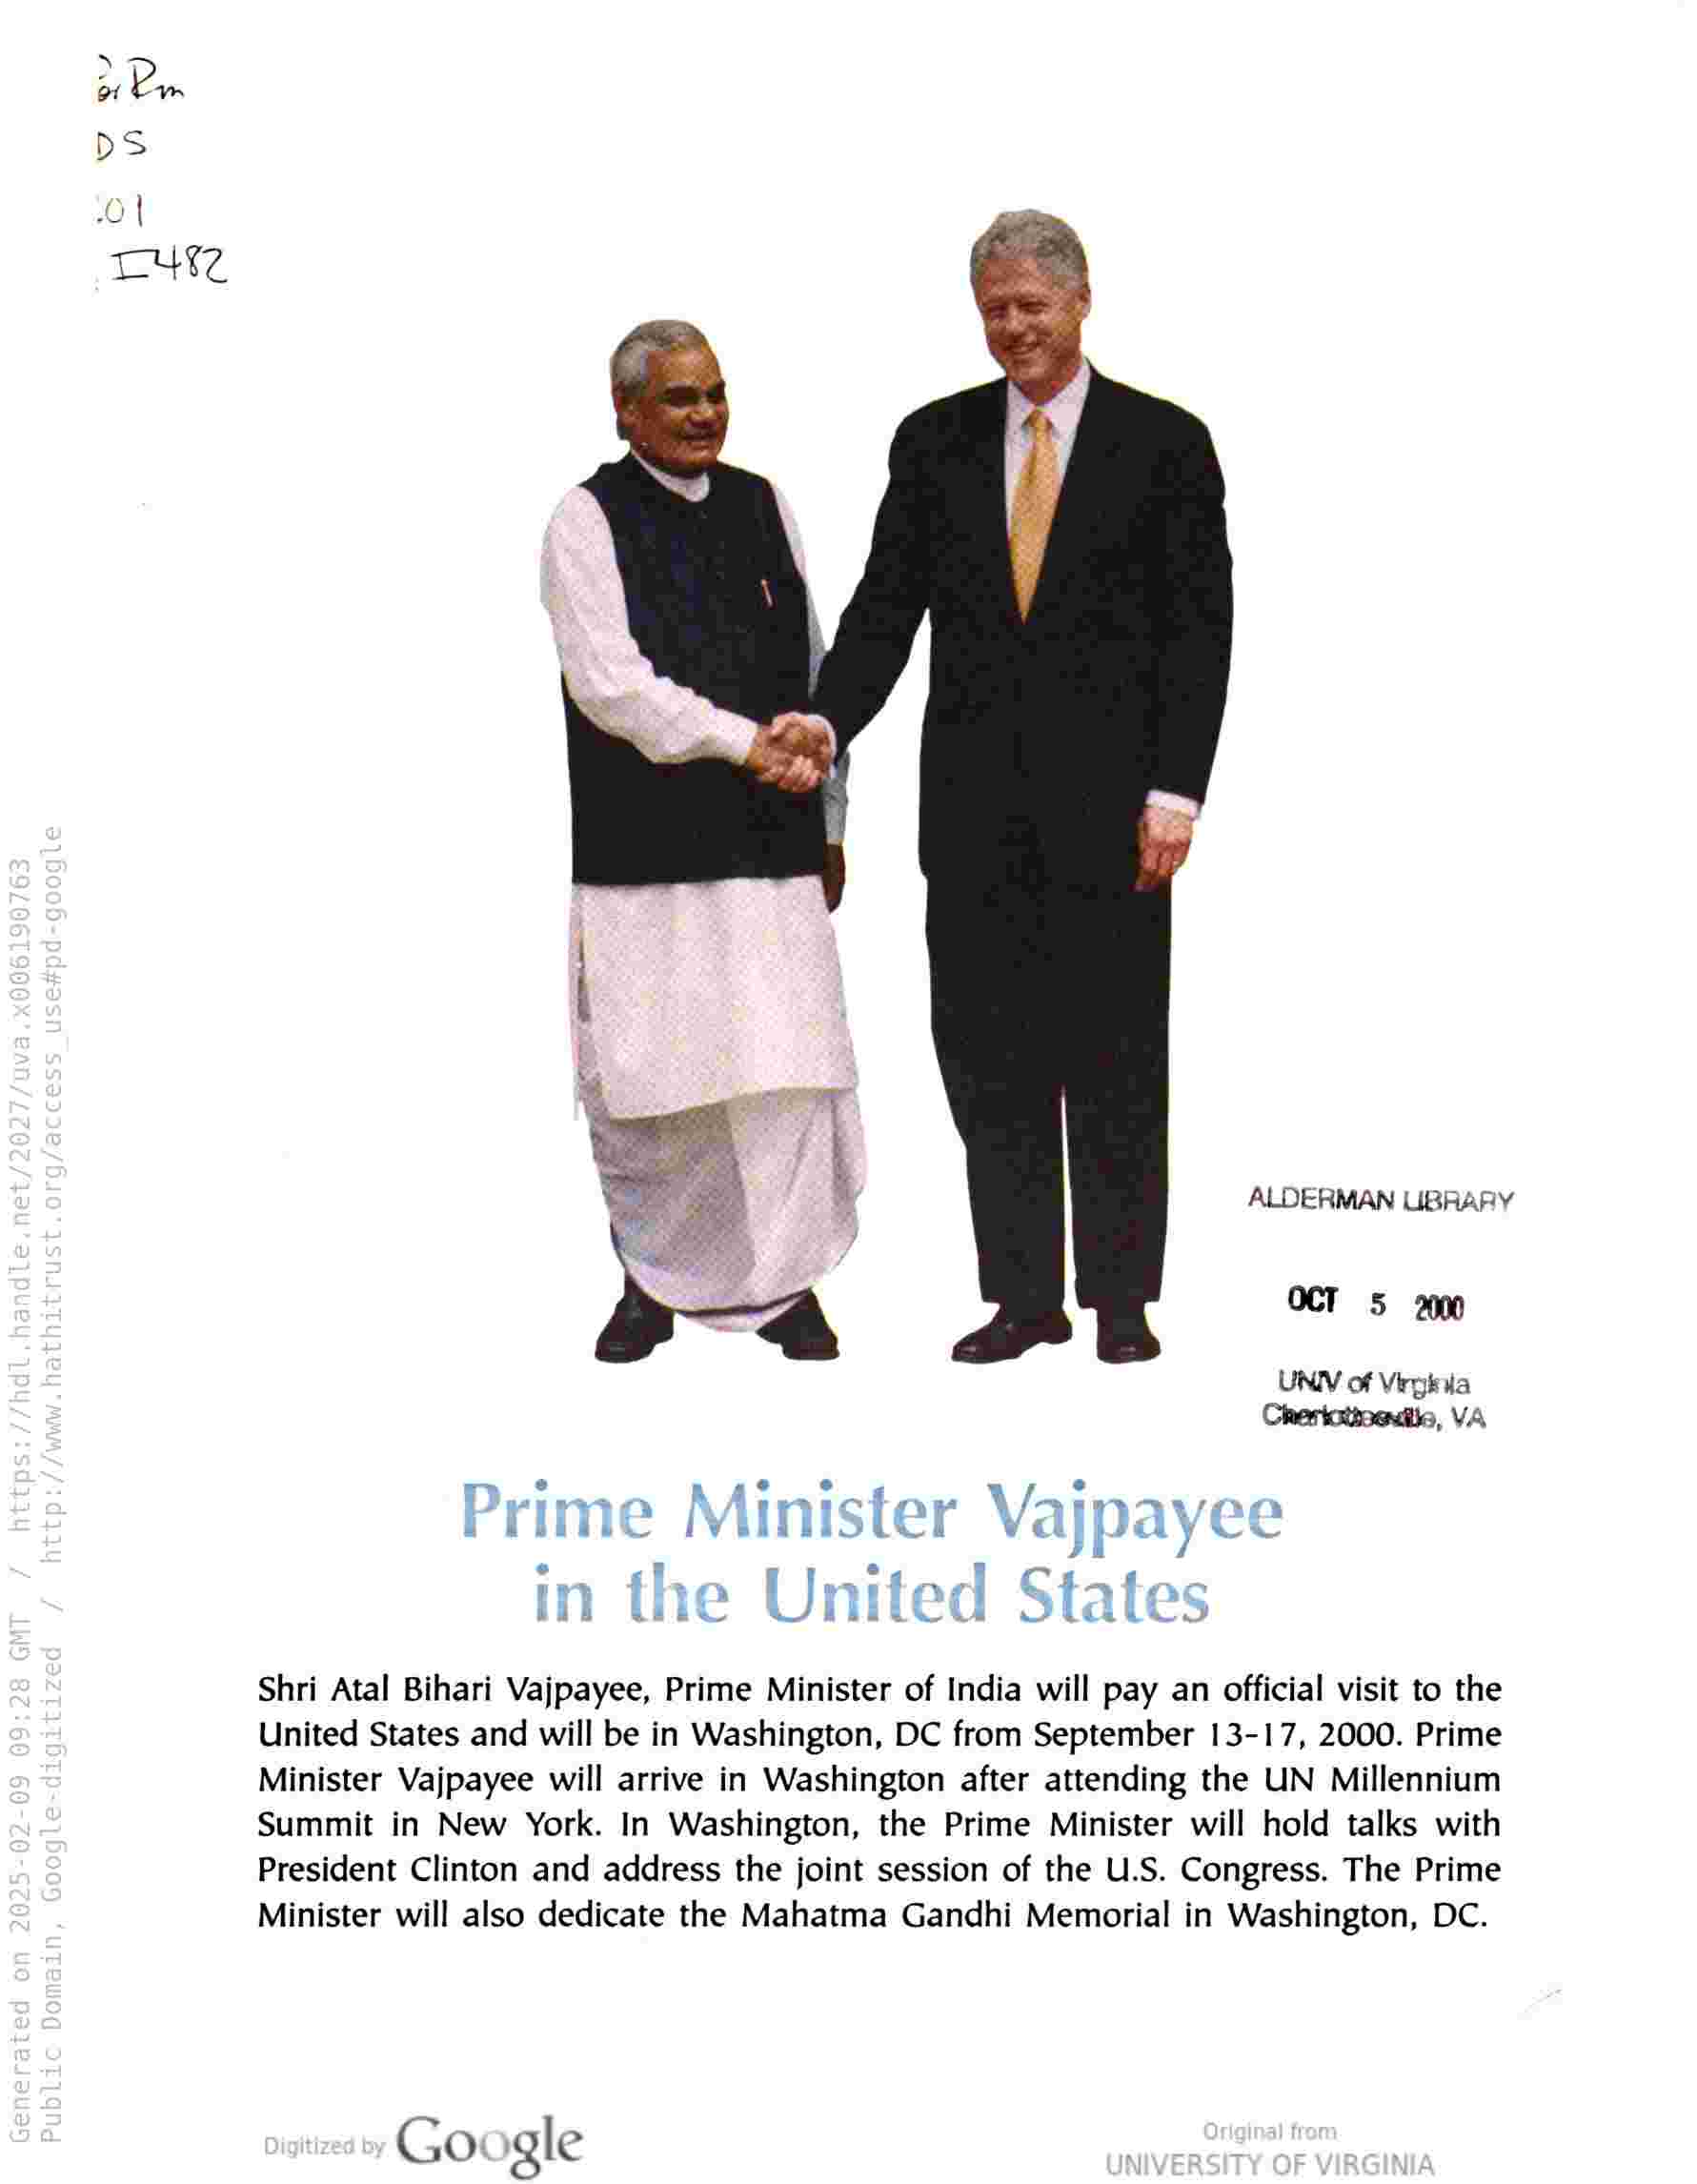
ALDERMAN UBRARY

OCT 5 210

UNN of Virginia
Chertatioeuile, VA

Shri Atal Bihari Vajpayee, Prime Minister of India will pay an official visit to the
United States and will be in Washington, DC from September 13-17, 2000. Prime
Minister Vajpayee will arrive in Washington after attending the UN Millennium
Summit in New York. In Washington, the Prime Minister will hold talks with
President Clinton and address the joint session of the U.S. Congress. The Prime
Minister will also dedicate the Mahatma Gandhi Memorial in Washington, DC.

Google